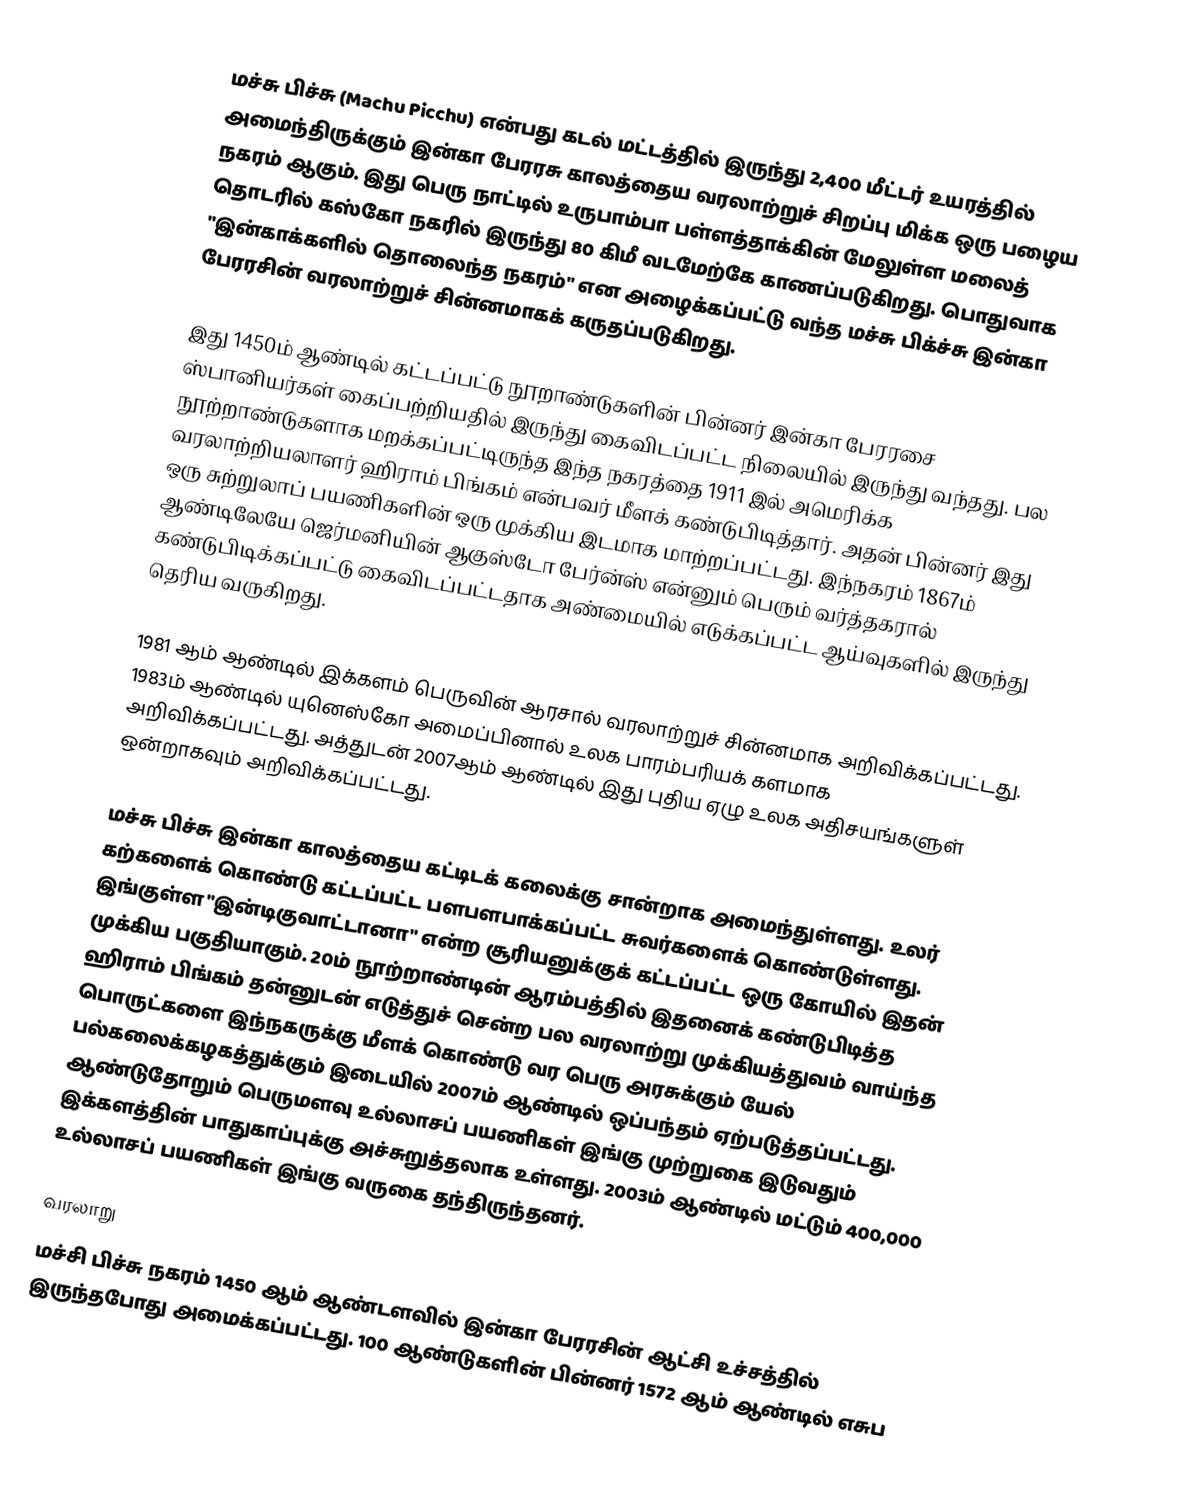
மச்சு பிச்சு (Machu Picchu) என்பது கடல் மட்டத்தில் இருந்து 2,400 மீட்டர் உயரத்தில் அமைந்திருக்கும் இன்கா பேரரசு காலத்தைய வரலாற்றுச் சிறப்பு மிக்க ஒரு பழைய நகரம் ஆகும். இது பெரு நாட்டில் உருபாம்பா பள்ளத்தாக்கின் மேலுள்ள மலைத் தொடரில் கஸ்கோ நகரில் இருந்து 80 கிமீ வடமேற்கே காணப்படுகிறது. பொதுவாக "இன்காக்களில் தொலைந்த நகரம்" என அழைக்கப்பட்டு வந்த மச்சு பிக்ச்சு இன்கா பேரரசின் வரலாற்றுச் சின்னமாகக் கருதப்படுகிறது.

இது 1450ம் ஆண்டில் கட்டப்பட்டு நூறாண்டுகளின் பின்னர் இன்கா பேரரசை ஸ்பானியர்கள் கைப்பற்றியதில் இருந்து கைவிடப்பட்ட நிலையில் இருந்து வந்தது. பல நூற்றாண்டுகளாக மறக்கப்பட்டிருந்த இந்த நகரத்தை 1911 இல் அமெரிக்க வரலாற்றியலாளர் ஹிராம் பிங்கம் என்பவர் மீளக் கண்டுபிடித்தார். அதன் பின்னர் இது ஒரு சுற்றுலாப் பயணிகளின் ஒரு முக்கிய இடமாக மாற்றப்பட்டது. இந்நகரம் 1867ம் ஆண்டிலேயே ஜெர்மனியின் ஆகுஸ்டோ பேர்ன்ஸ் என்னும் பெரும் வர்த்தகரால் கண்டுபிடிக்கப்பட்டு கைவிடப்பட்டதாக அண்மையில் எடுக்கப்பட்ட ஆய்வுகளில் இருந்து தெரிய வருகிறது.

1981 ஆம் ஆண்டில் இக்களம் பெருவின் ஆரசால் வரலாற்றுச் சின்னமாக அறிவிக்கப்பட்டது. 1983ம் ஆண்டில் யுனெஸ்கோ அமைப்பினால் உலக பாரம்பரியக் களமாக அறிவிக்கப்பட்டது. அத்துடன் 2007ஆம் ஆண்டில் இது புதிய ஏழு உலக அதிசயங்களுள் ஒன்றாகவும் அறிவிக்கப்பட்டது.

மச்சு பிச்சு இன்கா காலத்தைய கட்டிடக் கலைக்கு சான்றாக அமைந்துள்ளது. உலர் கற்களைக் கொண்டு கட்டப்பட்ட பளபளபாக்கப்பட்ட சுவர்களைக் கொண்டுள்ளது. இங்குள்ள "இன்டிகுவாட்டானா" என்ற சூரியனுக்குக் கட்டப்பட்ட ஒரு கோயில் இதன் முக்கிய பகுதியாகும். 20ம் நூற்றாண்டின் ஆரம்பத்தில் இதனைக் கண்டுபிடித்த ஹிராம் பிங்கம் தன்னுடன் எடுத்துச் சென்ற பல வரலாற்று முக்கியத்துவம் வாய்ந்த பொருட்களை இந்நகருக்கு மீளக் கொண்டு வர பெரு அரசுக்கும் யேல் பல்கலைக்கழகத்துக்கும் இடையில் 2007ம் ஆண்டில் ஒப்பந்தம் ஏற்படுத்தப்பட்டது. ஆண்டுதோறும் பெருமளவு உல்லாசப் பயணிகள் இங்கு முற்றுகை இடுவதும் இக்களத்தின் பாதுகாப்புக்கு அச்சுறுத்தலாக உள்ளது. 2003ம் ஆண்டில் மட்டும் 400,000 உல்லாசப் பயணிகள் இங்கு வருகை தந்திருந்தனர்.

வரலாறு
மச்சி பிச்சு நகரம் 1450 ஆம் ஆண்டளவில் இன்கா பேரரசின் ஆட்சி உச்சத்தில் இருந்தபோது அமைக்கப்பட்டது. 100 ஆண்டுகளின் பின்னர் 1572 ஆம் ஆண்டில் எசுப